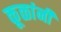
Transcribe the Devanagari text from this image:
कूळांनी